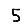
Digit: 5